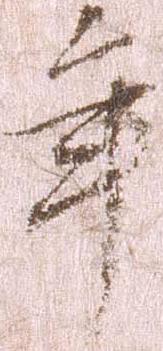
年